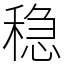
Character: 稳